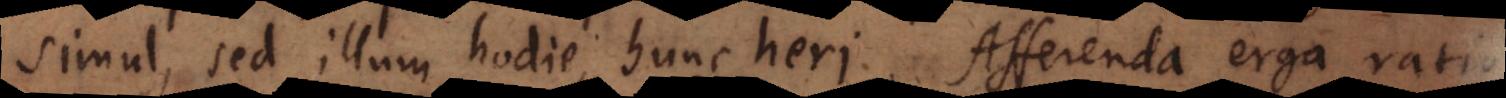
simul, sed illum hodie, hunc heri. Afferenda ergo ratio